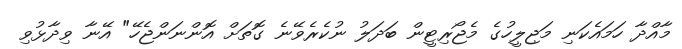
މާއްދާ ހަމައެކަނި މަޖިލީހުގެ މެޖޯރިޓީން ބަދަލު ނުކެރެވޭނެ ގޮތަށް އޮންނަންޖެހޭ" އޭނާ ވިދާޅުވި